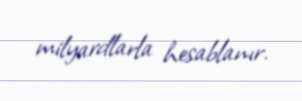
milyardlarla hesablanır.